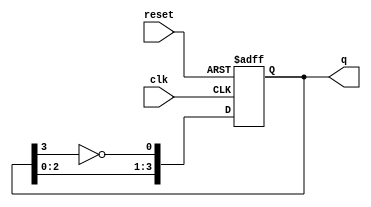
module johnson_counter #(
    parameter N = 4  // Number of flip-flops
)(
    input wire clk,      // Clock input
    input wire reset,    // Asynchronous reset
    output reg [N-1:0] q // Output state
);

// Internal signal for the inverted output of the last flip-flop
wire feedback;

// Assign feedback as the inverted output of the last flip-flop
assign feedback = ~q[N-1];

// Always block for the Johnson counter
always @(posedge clk or posedge reset) begin
    if (reset) begin
        // Asynchronous reset: set all flip-flops to 0
        q <= 0;
    end else begin
        // Shift the register and feed back the inverted last flip-flop
        q <= {q[N-2:0], feedback};
    end
end

endmodule